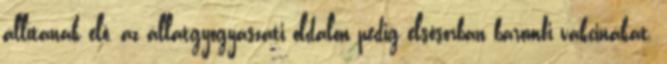
állítanak elô, az állatgyógyászati oldalon pedig elsôsorban baromfi vakcinákat.